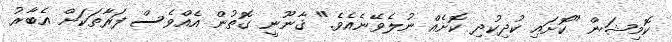
ކޮމިޝަން "ކޮށައި ކުދިކުދި ކޮށެއް ނުލެވޭނެއެވެ." ޤާނޫނީ ގޮތުން އެއްވެސް ފަރާތަކަށް އެބާރު